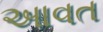
આવત